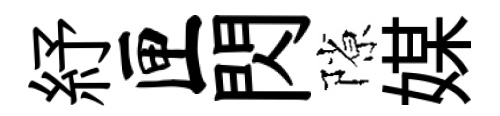
紓匣閃隙媒